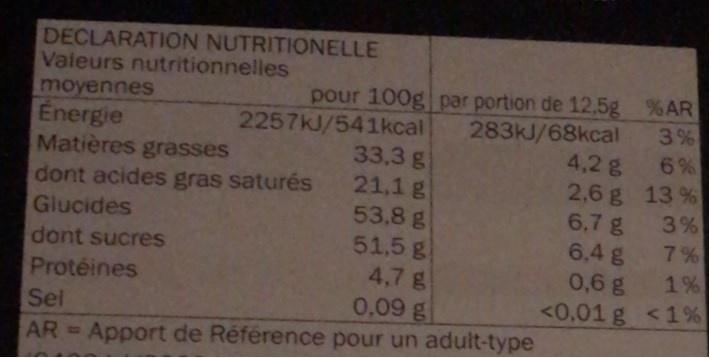
DECLARATION NUTRITIONELLE Valeurs nutritionnelles moyennes Energie Matières grasses dont acides gras saturés Glucides
2257KJ/541kcal 33,3 g 21,1 g 53,8 g 51,5g 4,7 g 0,09g
pour 100g par portion de 12,5g %AR 283KJ/68kcal 3 % 4,2g 6 % 2,6 g 13 % 6,7 g 3% 7%
6,4 g 0,6 g 1% <0,01 g <1 %
dont sucres
Protéines
Sel
AR Apport de Référence pour un adult-type